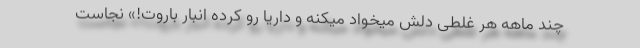
چند ماهه هر غلطی دلش میخواد میکنه و داریا رو کرده انبار باروت!» نجاست